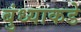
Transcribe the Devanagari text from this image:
बुंध्याकडे